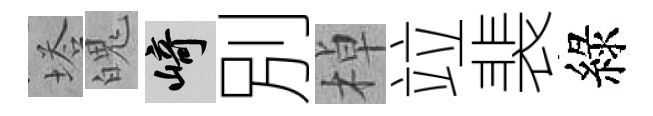
塔魄崎別棹竝裴綠